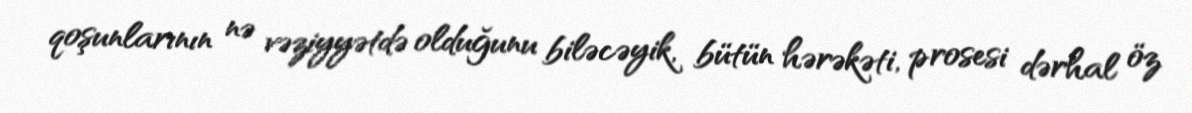
qoşunlarının nə vəziyyətdə olduğunu biləcəyik, bütün hərəkəti, prosesi dərhal öz